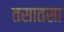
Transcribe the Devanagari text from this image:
तसातसा